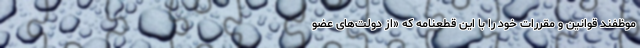
موظفند قوانین و مقررات خود را با این قطعنامه که «از دولت‌­های عضو